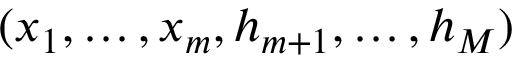
( x _ { 1 } , \hdots , x _ { m } , h _ { m + 1 } , \hdots , h _ { M } )